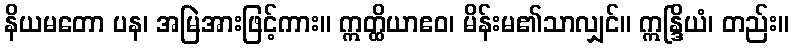
နိယမတော ပန၊ အမြဲအားဖြင့်ကား။ ဣတ္ထိယာဧဝ၊ မိန်းမ၏သာလျှင်။ ဣန္ဒြိယံ၊ တည်း။